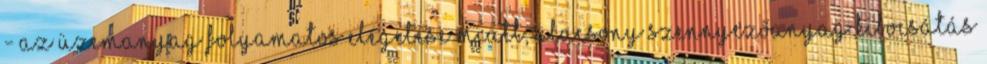
- Az üzemanyag folyamatos elégetése miatt, alacsony szennyezőanyag kibocsátás